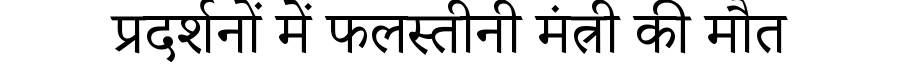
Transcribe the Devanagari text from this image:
प्रदर्शनों में फलस्तीनी मंत्री की मौत